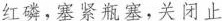
红磷，塞紧瓶塞，关闭止